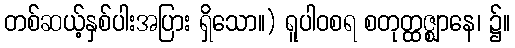
တစ်ဆယ့်နှစ်ပါးအပြား ရှိသော။) ရူပါဝစရ စတုတ္ထဇ္ဈာနေ၊ ၌။